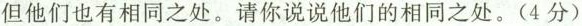
但他们也有相同之处。请你说说他们的相同之处。(4分)